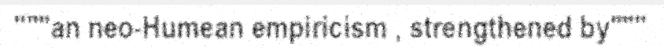
"""an neo-Humean empiricism , strengthened by"""